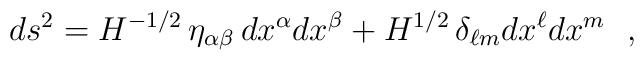
ds^2 = H^{-1/2}\, \eta_{\alpha\beta}\,d x^\alpha dx^\beta + H^{1/2}\,\delta_{\ell m} dx^\ell dx^m  ~~,